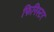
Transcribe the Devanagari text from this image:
फिनिस्टर